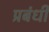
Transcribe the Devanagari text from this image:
प्रबंधी